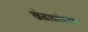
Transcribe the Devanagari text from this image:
खेळाबरोबरच